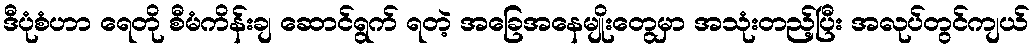
ဒီပုံစံဟာ ရေတို စီမံကိန်းချ ဆောင်ရွက် ရတဲ့ အခြေအနေမျိုးတွေမှာ အသုံးတည့်ပြီး အလုပ်တွင်ကျယ်